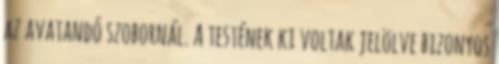
az avatandó szobornál. A testének ki voltak jelölve bizonyos